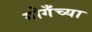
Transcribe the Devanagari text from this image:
गोगँच्या